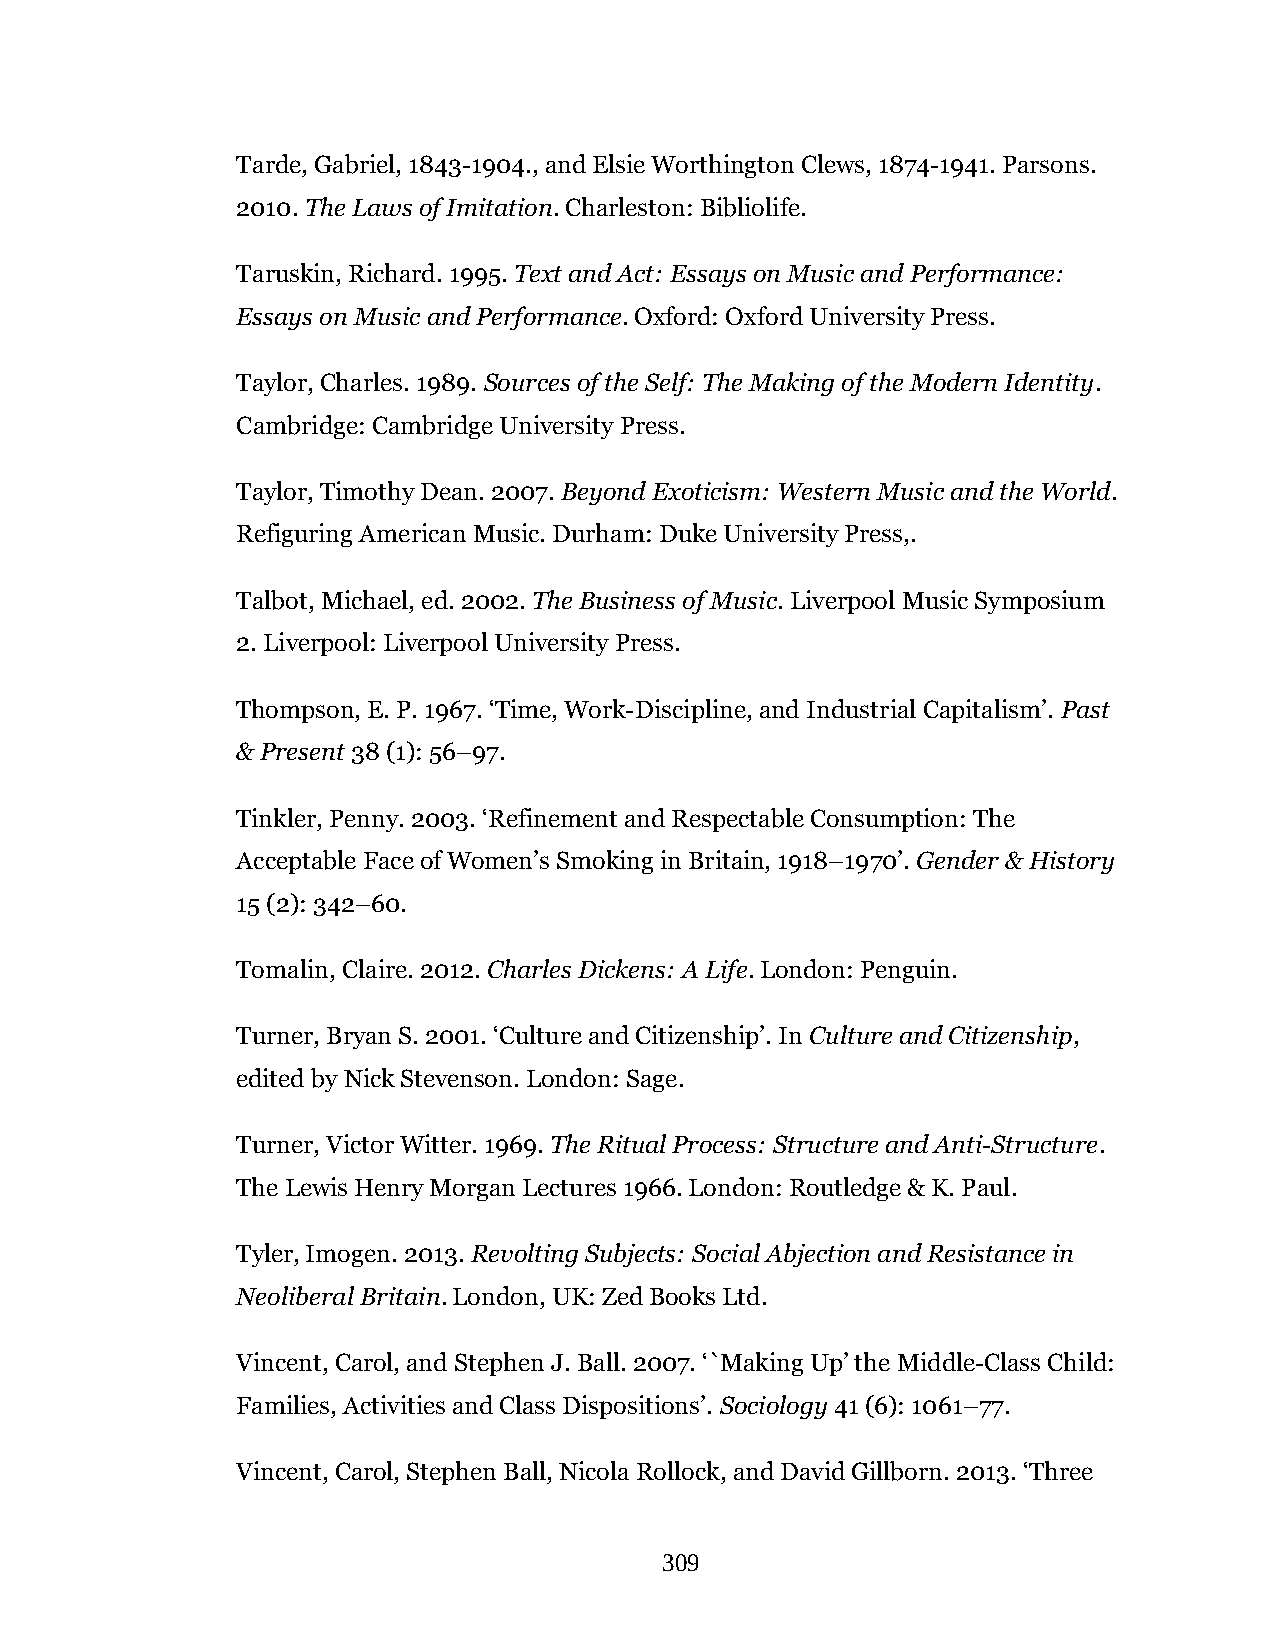
Tarde, Gabriel, 1843-1904., and Elsie Worthington Clews, 1874-1941. Parsons.
 2010. The Laws of Imitation. Charleston: Bibliolife.
 Taruskin, Richard. 1995. Text and Act: Essays on Music and Performance:
 Essays on Music and Performance. Oxford: Oxford University Press.
 Taylor, Charles. 1989. Sources of the Self: The Making of the Modern Identity.
 Cambridge: Cambridge University Press.
 Taylor, Timothy Dean. 2007. Beyond Exoticism: Western Music and the World.
 Refiguring American Music. Durham: Duke University Press,.
 Talbot, Michael, ed. 2002. The Business of Music. Liverpool Music Symposium
 2. Liverpool: Liverpool University Press.
 Thompson, E. P. 1967. ‘Time, Work-Discipline, and Industrial Capitalism’. Past
 & Present 38 (1): 56–97.
 Tinkler, Penny. 2003. ‘Refinement and Respectable Consumption: The
 Acceptable Face of Women’s Smoking in Britain, 1918–1970’. Gender & History
 15 (2): 342–60.
 Tomalin, Claire. 2012. Charles Dickens: A Life. London: Penguin.
 Turner, Bryan S. 2001. ‘Culture and Citizenship’. In Culture and Citizenship,
 edited by Nick Stevenson. London: Sage.
 Turner, Victor Witter. 1969. The Ritual Process: Structure and Anti-Structure.
 The Lewis Henry Morgan Lectures 1966. London: Routledge & K. Paul.
 Tyler, Imogen. 2013. Revolting Subjects: Social Abjection and Resistance in
 Neoliberal Britain. London, UK: Zed Books Ltd.
 Vincent, Carol, and Stephen J. Ball. 2007. ‘`Making Up’ the Middle-Class Child:
 Families, Activities and Class Dispositions’. Sociology 41 (6): 1061–77.
 Vincent, Carol, Stephen Ball, Nicola Rollock, and David Gillborn. 2013. ‘Three
 309